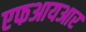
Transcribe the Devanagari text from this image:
एफआयआर